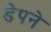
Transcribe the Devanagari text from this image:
डेपने